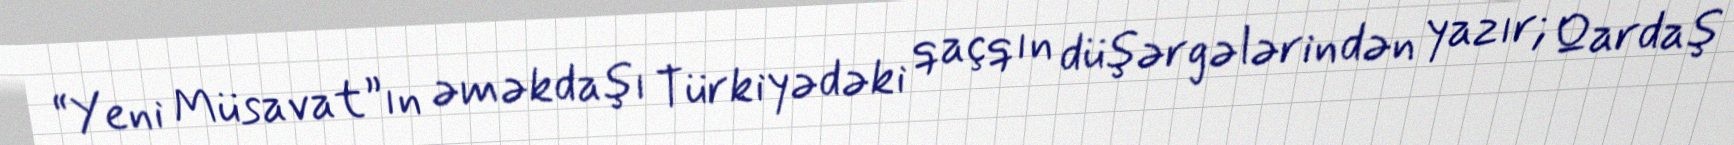
“Yeni Müsavat”ın əməkdaşı Türkiyədəki qaçqın düşərgələrindən yazır; Qardaş